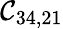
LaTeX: \mathcal{C}_{34,21}